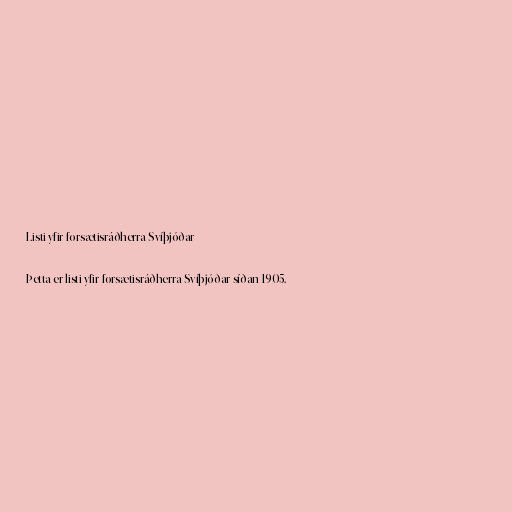
Listi yfir forsætisráðherra Svíþjóðar

Þetta er listi yfir forsætisráðherra Svíþjóðar síðan 1905.